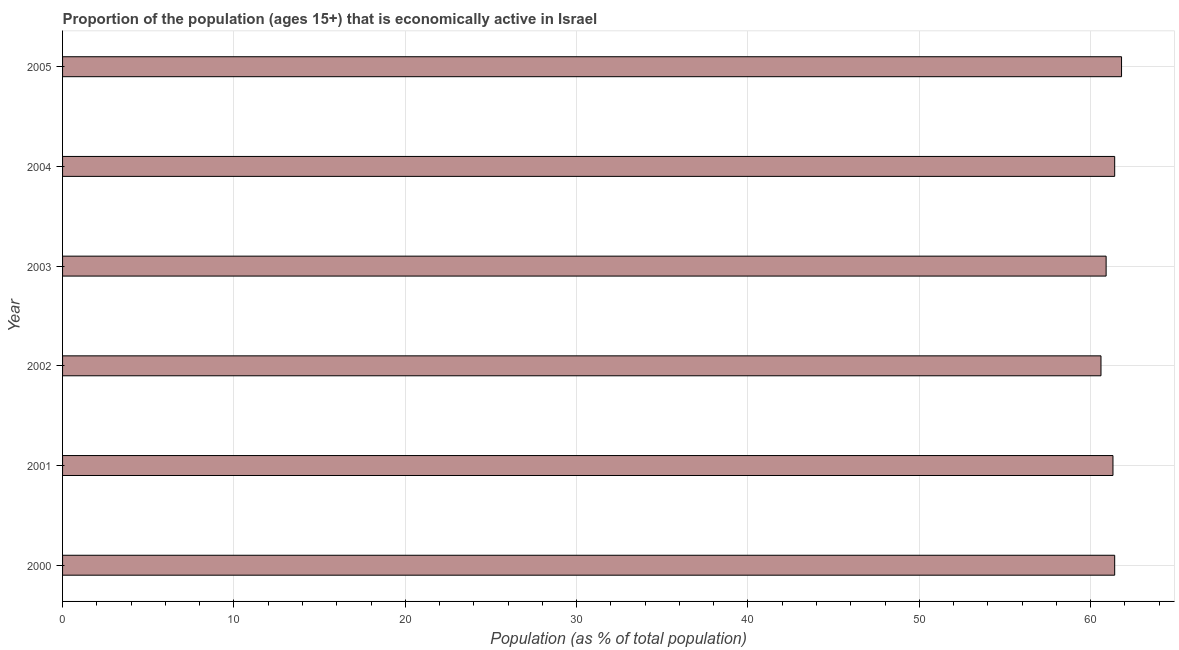
| Year | Labor force participation rate total |
 | --- | --- |
 | 2000 | 61.4 |
 | 2001 | 61.3 |
 | 2002 | 60.6 |
 | 2003 | 60.9 |
 | 2004 | 61.4 |
 | 2005 | 61.8 |